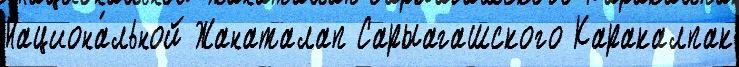
Национа́льной Жанаталап Сарыагашского Каракалпак